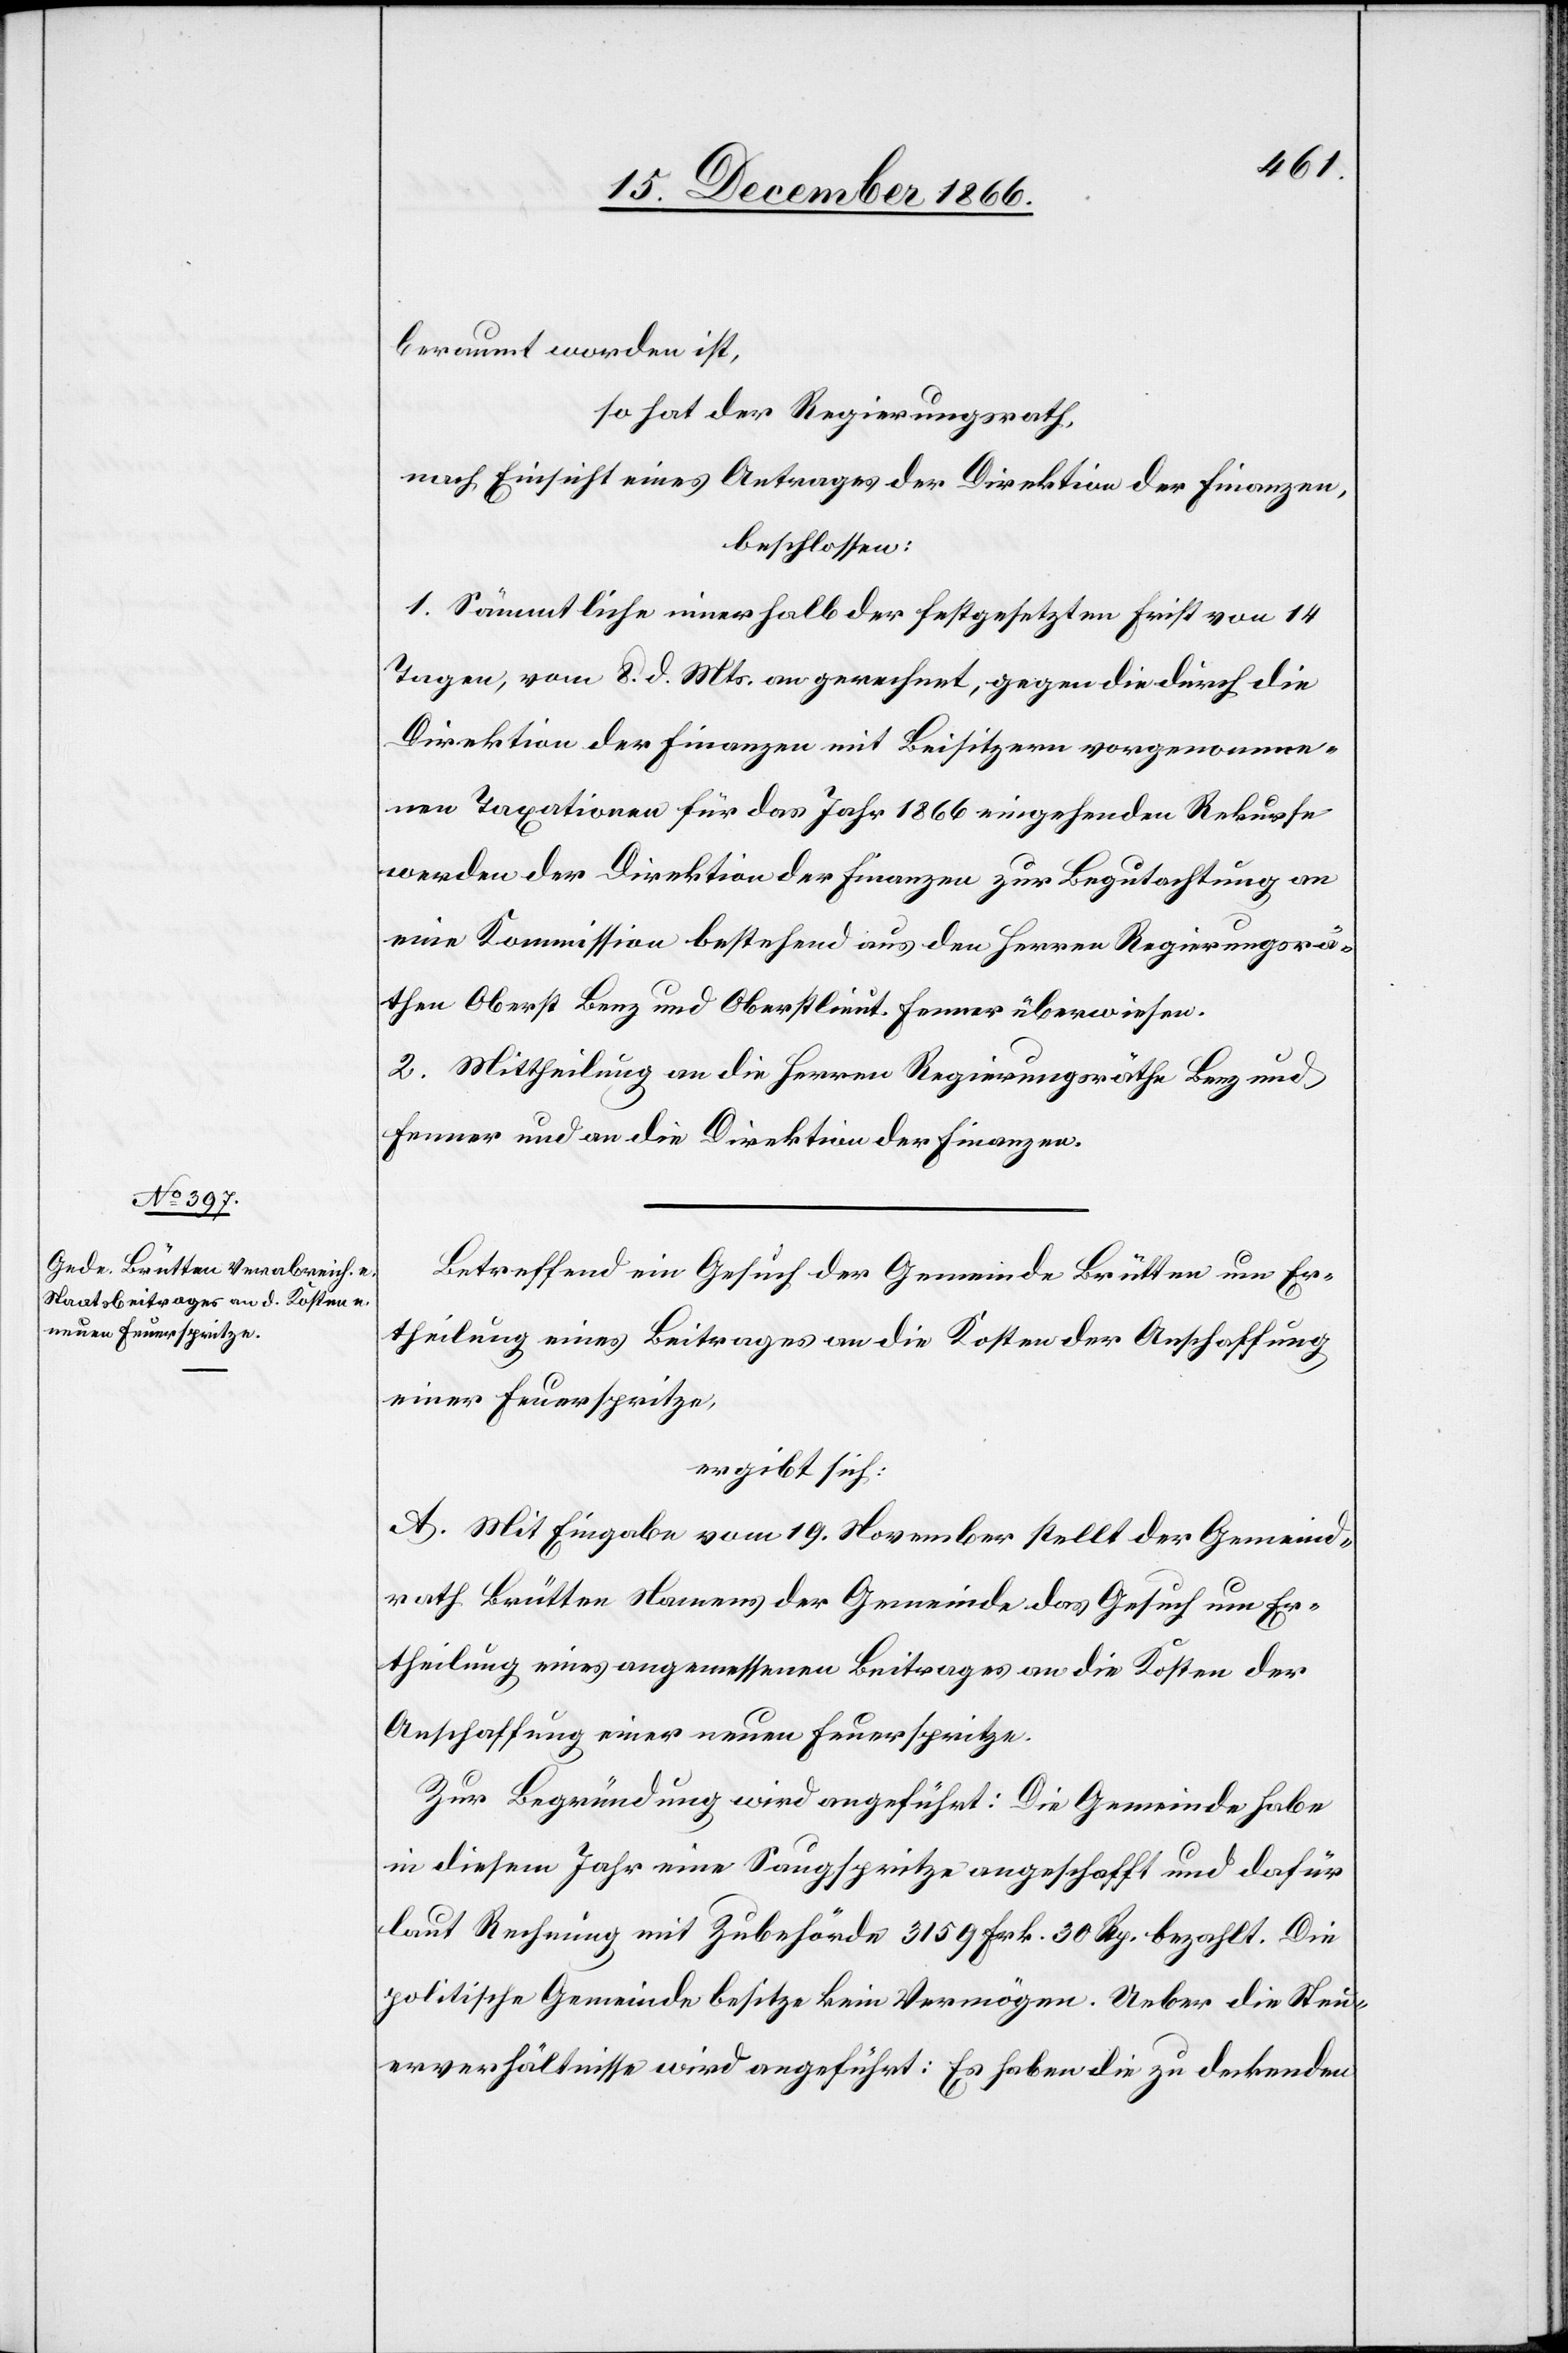
beraumt worden ist,
so hat der Regierungsrath,
nach Einsicht eines Antrages der Direktion der Finanzen,
beschlossen:
1. Sämmtliche innerhalb der festgesetzten Frist von 14
Tagen, vom 8. d. Mts. an gerechnet, gegen die durch die
Direktion der Finanzen mit Beisitzern vorgenomme¬
nen Taxationen für das Jahr 1866 eingehenden Rekurse
werden der Direktion der Finanzen zur Begutachtung an
eine Kommission bestehend aus den Herren Regierungsrä¬
then Oberst Benz und Oberstlieut. Fenner überwiesen.
2. Mittheilung an die Herren Regierungsräthe Benz und
Fenner und an die Direktion der Finanzen.
Betreffend ein Gesuch der Gemeinde Brütten um Er¬
theilung eines Beitrages an die Kosten der Anschaffung
einer Feuerspritze,
ergibt sich:
A. Mit Eingabe vom 19. November stellt der Gemeind¬
rath Brütten Namens der Gemeinde das Gesuch um Er¬
theilung eines angemessenen Beitrages an die Kosten der
Anschaffung einer neuen Feuerspritze.
Zur Begründung wird angeführt: Die Gemeinde habe
in diesem Jahr eine Saugspritze angeschafft und dafür
laut Rechnung mit Zubehörde 3159 Frk. 30 Rp. bezahlt. Die
politische Gemeinde besitze kein Vermögen. Ueber die Steu¬
erverhältnisse wird angeführt: Es haben die zu deckenden